Indian journal of veterinary science and animal husbandry - Volumes 24-25, 1954-1955
Year: 1954
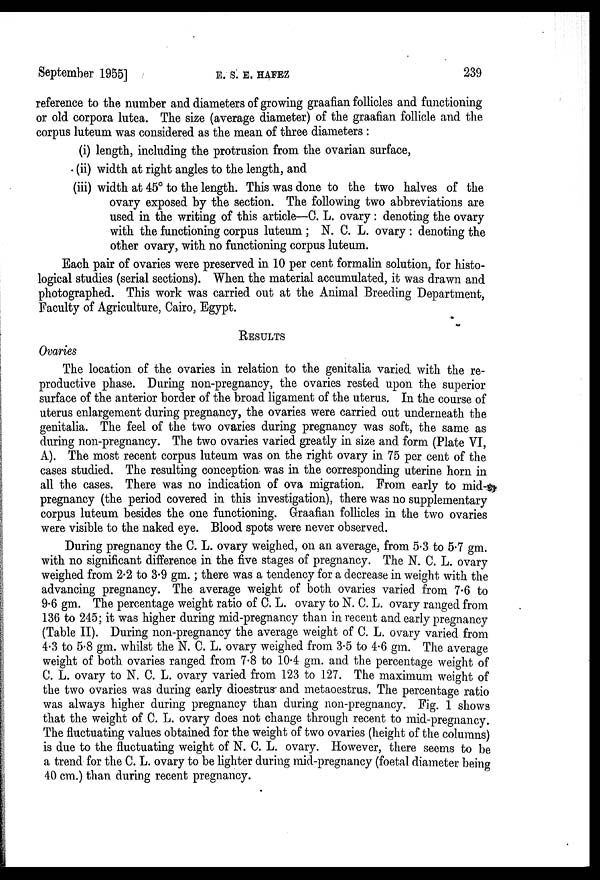
September 1955]
E.
S.
E.
HAFEZ
239
reference to the number and diameters of growing graafian follicles and functioning
or old corpora lutea. The size (average diameter) of the graafian follicle and the
corpus luteum was considered as the mean of three diameters:
(i) length, including the protrusion from the ovarian surface,
(ii) width at right angles to the length, and
(iii) width at 45° to the length. This was done to the two halves of the
ovary exposed by the section. The following two abbreviations are
used in the writing of this article—C. L. ovary: denoting the ovary
with the functioning corpus luteum; N. C. L. ovary: denoting the
other ovary, with no functioning corpus luteum.
Each pair of ovaries were preserved in 10 per cent formalin solution, for histo-
logical studies (serial sections). When the material accumulated, it was drawn and
photographed. This work was carried out at the Animal Breeding Department,
Faculty of Agriculture, Cairo, Egypt.
RESULTS
Ovaries
The location of the ovaries in relation to the genitalia varied with the re-
productive phase. During non-pregnancy, the ovaries rested upon the superior
surface of the anterior border of the broad ligament of the uterus. In the course of
uterus enlargement during pregnancy, the ovaries were carried out underneath the
genitalia. The feel of the two ovaries during pregnancy was soft, the same as
during non-pregnancy. The two ovaries varied greatly in size and form (Plate VI,
A). The most recent corpus luteum was on the right ovary in 75 per cent of the
cases studied. The resulting conception was in the corresponding uterine horn in
all the cases. There was no indication of ova migration. From early to mid-
pregnancy (the period covered in this investigation), there was no supplementary
corpus luteum besides the one functioning. Graafian follicles in the two ovaries
were visible to the naked eye. Blood spots were never observed.
During pregnancy the C. L. ovary weighed, on an average, from 5.3 to 5.7 gm.
with no significant difference in the five stages of pregnancy. The N. C. L. ovary
weighed from 2.2 to 3.9 gm.; there was a tendency for a decrease in weight with the
advancing pregnancy. The average weight of both ovaries varied from 7.6 to
9.6 gm. The percentage weight ratio of C. L. ovary to N. C. L. ovary ranged from
136 to 245; it was higher during mid-pregnancy than in recent and early pregnancy
(Table II). During non-pregnancy the average weight of C. L. ovary varied from
4.3 to 5.8 gm. whilst the N. C. L. ovary weighed from 3.5 to 4.6 gm. The average
weight of both ovaries ranged from 7.8 to 10.4 gm. and the percentage weight of
C. L. ovary to N. C. L. ovary varied from 123 to 127. The maximum weight of
the two ovaries was during early dioestrus and metaoestrus. The percentage ratio
was always higher during pregnancy than during non-pregnancy. Fig. 1 shows
that the weight of C. L. ovary does not change through recent to mid-pregnancy.
The fluctuating values obtained for the weight of two ovaries (height of the columns)
is due to the fluctuating weight of N. C. L. ovary. However, there seems to be
a trend for the C. L. ovary to be lighter during mid-pregnancy (foetal diameter being
40 cm.) than during recent pregnancy.